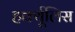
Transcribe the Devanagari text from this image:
हर्क्यूलिस